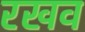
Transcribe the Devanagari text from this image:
रखव